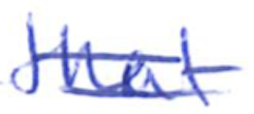
Text: that
Cross-out: mix
Writing tool: ballpoint